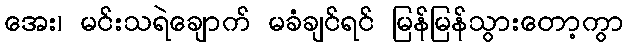
အေး၊ မင်းသရဲချောက် မခံချင်ရင် မြန်မြန်သွားတော့ကွာ